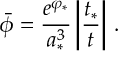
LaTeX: \bar { \phi } = { \frac { e ^ { \varphi _ { * } } } { a _ { * } ^ { 3 } } } \left| { \frac { t _ { * } } { t } } \right| \, .